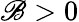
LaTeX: \mathscr{B}>0